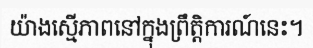
យ៉ាងស្មើភាពនៅក្នុងព្រឹត្តិការណ៍នេះ។